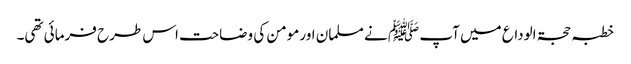
خطبہ حجۃ الوداع میں آپ ﷺ نے مسلمان اور مومن کی وضاحت اس طرح فرمائی تھی۔